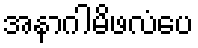
အနာဂါမိဖလံပေ